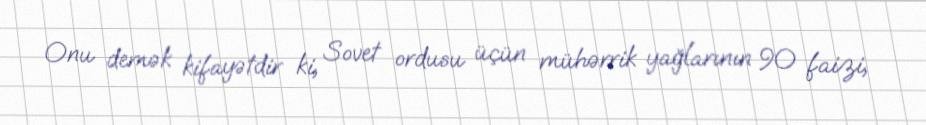
Onu demək kifayətdir ki, Sovet ordusu üçün mühərrik yağlarının 90 faizi,